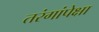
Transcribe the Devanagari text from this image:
तरंगांपेक्षा